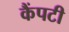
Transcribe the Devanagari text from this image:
कैंपटी